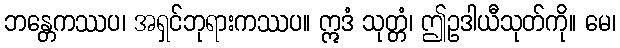
ဘန္တေကဿပ၊ အရှင်ဘုရားကဿပ။ ဣဒံ သုတ္တံ၊ ဤဥဒါယီသုတ်ကို။ မေ၊